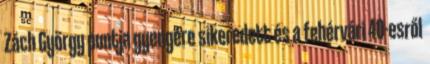
Zách György puntja gyengére sikeredett és a fehérvári 40-esről